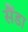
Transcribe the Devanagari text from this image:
सैंडा